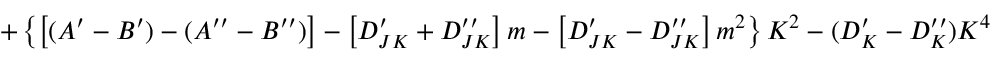
+ \left\{ \left[ ( A ^ { \prime } - B ^ { \prime } ) - ( A ^ { \prime \prime } - B ^ { \prime \prime } ) \right] - \left[ D _ { J K } ^ { \prime } + D _ { J K } ^ { \prime \prime } \right] m - \left[ D _ { J K } ^ { \prime } - D _ { J K } ^ { \prime \prime } \right] m ^ { 2 } \right\} K ^ { 2 } - ( D _ { K } ^ { \prime } - D _ { K } ^ { \prime \prime } ) K ^ { 4 }